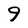
Character: 9